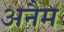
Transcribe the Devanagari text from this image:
अनैम